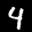
Label: 4